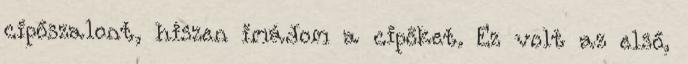
cipőszalont, hiszen imádom a cipőket. Ez volt az első,